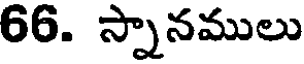
66. స్నానములు